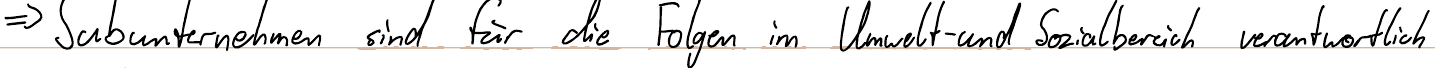
=> Subunternehmen sind für die Folgen im Umwelt- und Sozialbereich verantwortlich